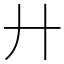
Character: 廾